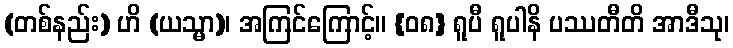
(တစ်နည်း) ဟိ (ယသ္မာ)၊ အကြင်ကြောင့်။ {၀၈} ရူပီ ရူပါနိ ပဿတီတိ အာဒီသု၊